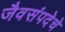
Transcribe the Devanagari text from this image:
जैवसंपदेचे